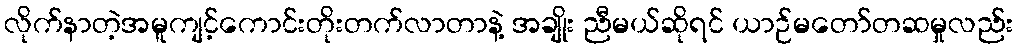
လိုက်နာတဲ့အမူကျင့်ကောင်းတိုးတက်လာတာနဲ့ အချိုး ညီမယ်ဆိုရင် ယာဉ်မတော်တဆမှုလည်း